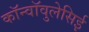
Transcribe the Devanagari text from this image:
कॉन्वॉवुलेसिई